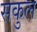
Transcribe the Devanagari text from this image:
सकुल